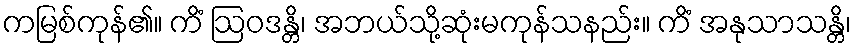
ကမြစ်ကုန်၏။ ကိံ ဩဝဒန္တိ၊ အဘယ်သို့ဆုံးမကုန်သနည်း။ ကိံ အနုသာသန္တိ၊